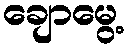
ချောမွေ့